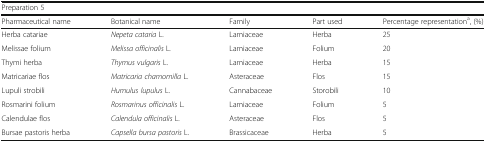
<table><thead><tr><td colspan="5"><b>Preparation 5</b></td></tr><tr><td><b>Pharmaceutical name</b></td><td><b>Botanical name</b></td><td><b>Family</b></td><td><b>Part used</b></td><td><b>Percentage representation<sup>a</sup>, (%)</b></td></tr></thead><tbody><tr><td>Herba catariae</td><td><i>Nepeta cataria</i> L.</td><td>Lamiaceae</td><td>Herba</td><td>25</td></tr><tr><td>Melissae folium</td><td><i>Melissa officinalis</i> L<i>.</i></td><td>Lamiaceae</td><td>Folium</td><td>20</td></tr><tr><td>Thymi herba</td><td><i>Thymus vulgaris</i> L.</td><td>Lamiaceae</td><td>Herba</td><td>15</td></tr><tr><td>Matricariae flos</td><td><i>Matricaria chamomilla</i> L.</td><td>Asteraceae</td><td>Flos</td><td>15</td></tr><tr><td>Lupuli strobili</td><td><i>Humulus lupulus</i> L.</td><td>Cannabaceae</td><td>Storobili</td><td>10</td></tr><tr><td>Rosmarini folium</td><td><i>Rosmarinus officinalis</i> L.</td><td>Lamiaceae</td><td>Folium</td><td>5</td></tr><tr><td>Calendulae flos</td><td><i>Calendula officinalis</i> L.</td><td>Asteraceae</td><td>Flos</td><td>5</td></tr><tr><td>Bursae pastoris herba</td><td><i>Capsella bursa pastoris</i> L.</td><td>Brassicaceae</td><td>Herba</td><td>5</td></tr></tbody></table>